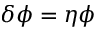
\delta \phi = \eta \phi